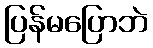
ပြန်မပြောဘဲ